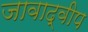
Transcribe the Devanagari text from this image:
जावाद्वीप